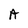
Character: A